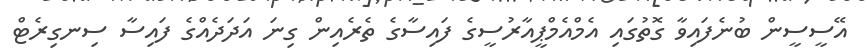
އޭސީސީން ބުނެފައިވާ ގޮތުގައި އެމްއެމްޕީއާރުސީގެ ފައިސާގެ ތެރެއިން ގިނަ އަދަދެއްގެ ފައިސާ ސިނގިރެޓް